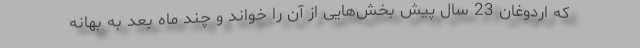
که اردوغان 23 سال پیش بخش‌هایی از آن را خواند و چند ماه بعد به بهانه